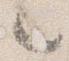
々